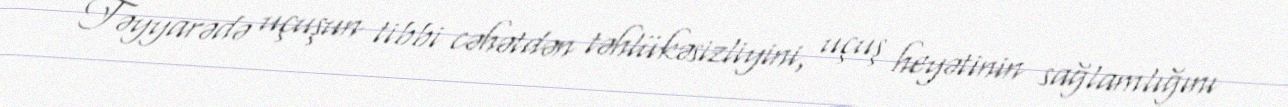
Təyyarədə uçuşun tibbi cəhətdən təhlükəsizliyini, uçuş heyətinin sağlamlığını